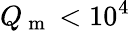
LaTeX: Q_{\mathrm{~m~}}<10^{4}